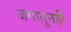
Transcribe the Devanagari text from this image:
जगातूनही